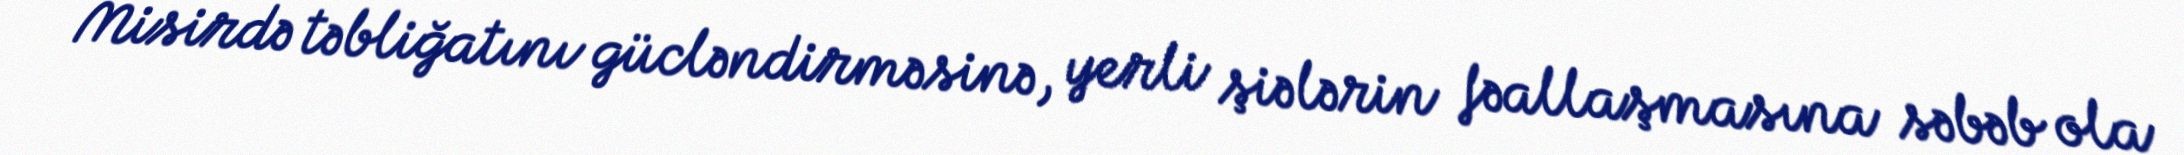
Misirdə təbliğatını gücləndirməsinə, yerli şiələrin fəallaşmasına səbəb ola